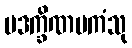
ပဒက္ခိဏမကံသု